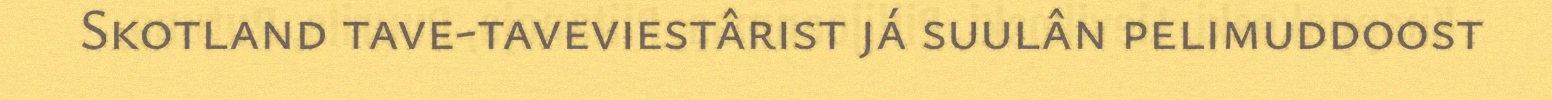
Skotland tave-taveviestârist já suulân pelimuddoost